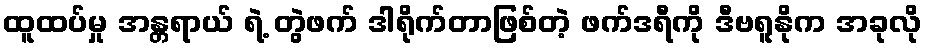
ထူထပ်မှု အန္တရာယ် ရဲ့ တွဲဖက် ဒါရိုက်တာဖြစ်တဲ့ ဖက်ဒရီကို ဒီဗရူနိုက အခုလို